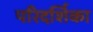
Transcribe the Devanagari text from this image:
परिदर्शिका